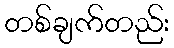
တစ်ချက်တည်း